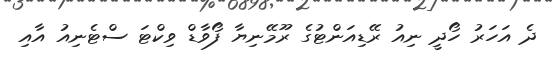
ދެ އަހަރު ހޯދީ ނިއު ރޭޑިއަންޓުގެ ރޫމޭނިޔާ ފޯވާޑް ވިކްޓަ ސްޓެނިއު އާއި